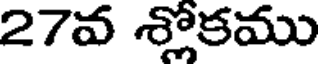
27వ శ్లోకము